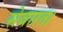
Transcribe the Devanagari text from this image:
सेवारत।